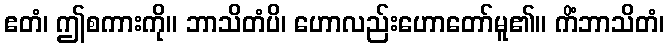
ဧတံ၊ ဤစကားကို။ ဘာသိတံပိ၊ ဟောလည်းဟောတော်မူ၏။ ကိံဘာသိတံ၊